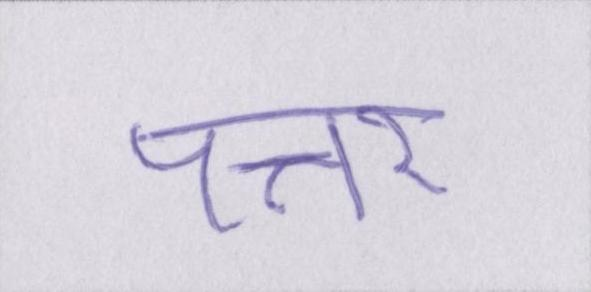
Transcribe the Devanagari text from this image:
पत्तर